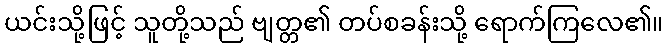
ယင်းသို့ဖြင့် သူတို့သည် ဗျတ္တ၏ တပ်စခန်းသို့ ရောက်ကြလေ၏။